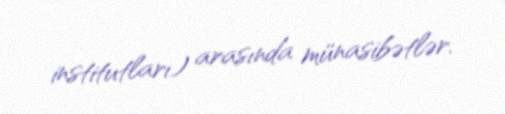
institutları) arasında münasibətlər.